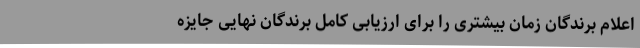
اعلام برندگان زمان بیشتری را برای ارزیابی کامل برندگان نهایی جایزه